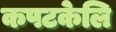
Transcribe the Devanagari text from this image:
कपटकेलि